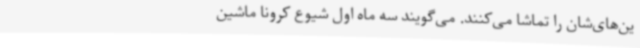
ین‌های‌شان را تماشا می‌کنند. می‌گویند سه ماه اول شیوع کرونا ماشین